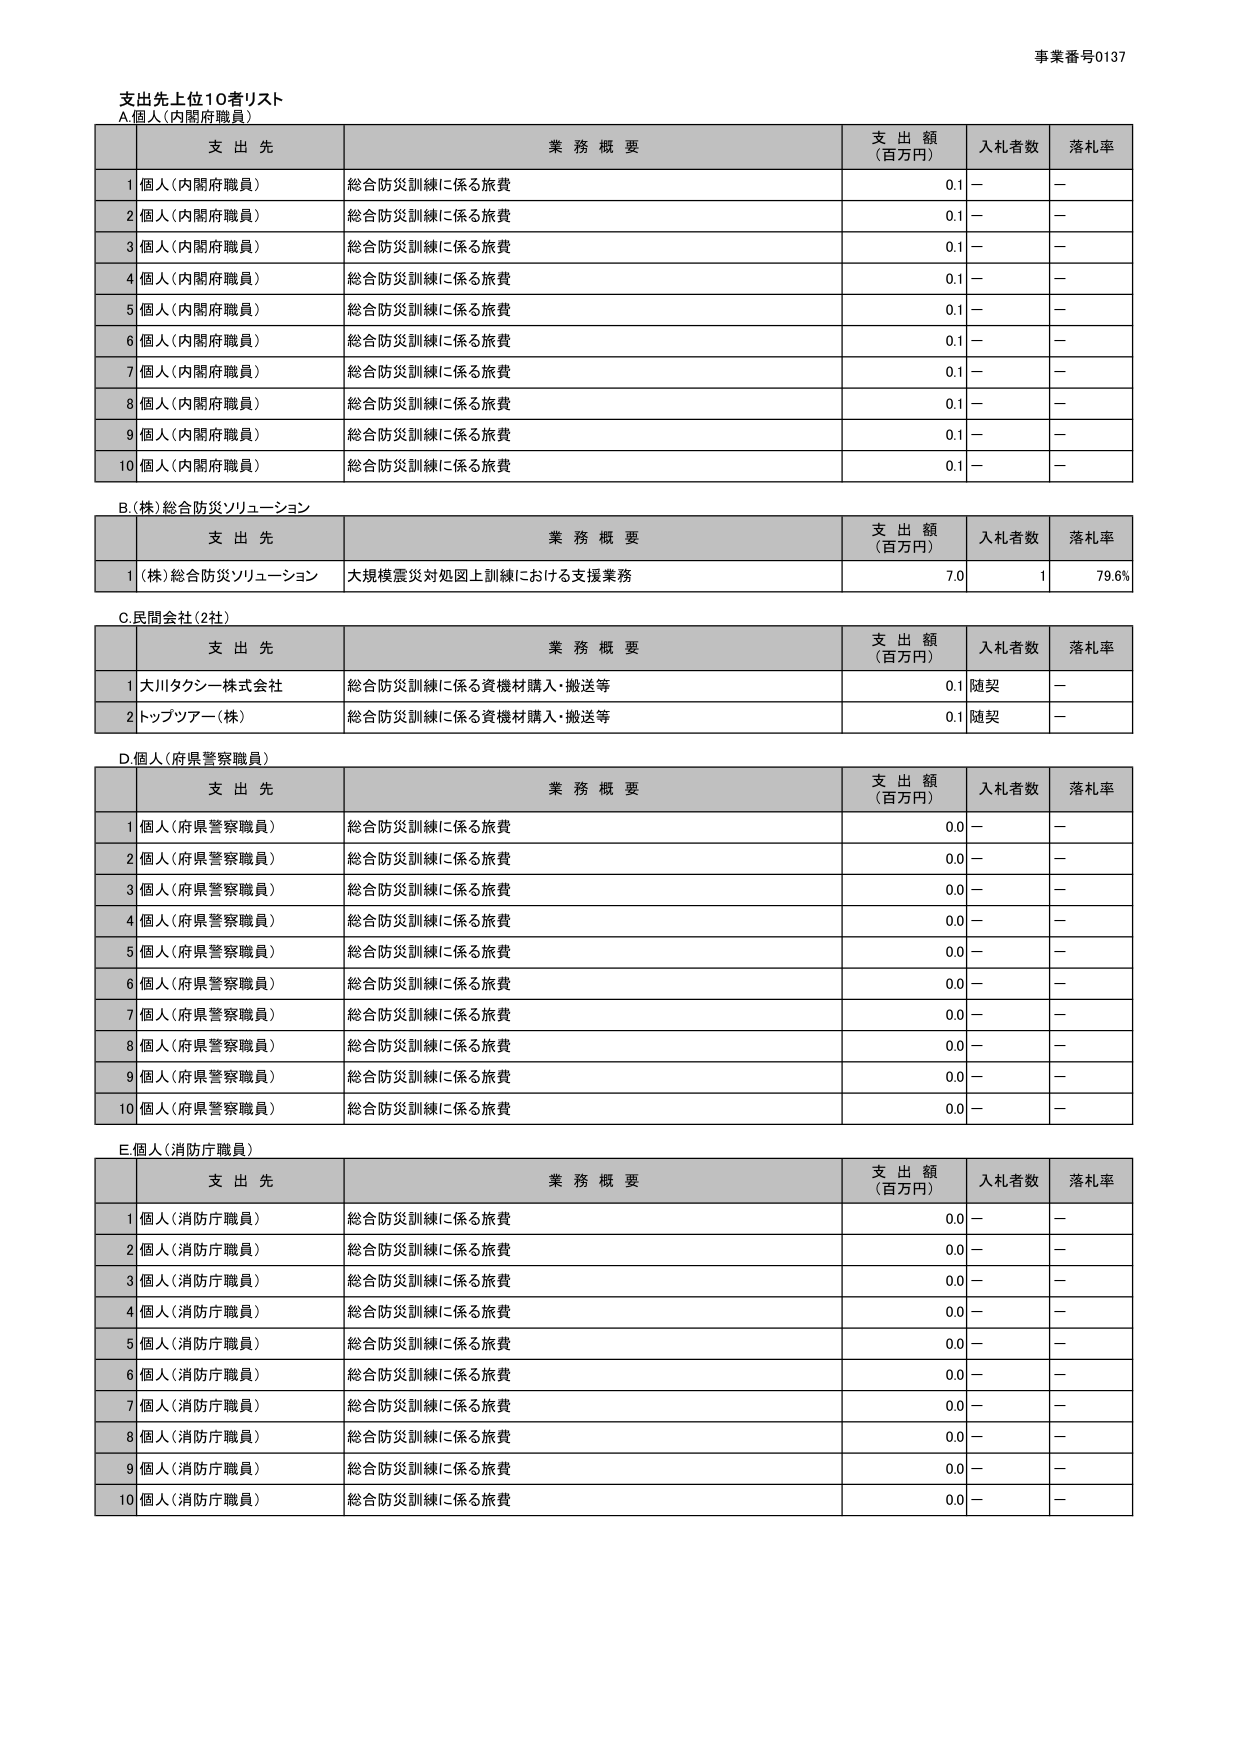
事業番号0137

支出先上位10者リスト
A 個人（内閣府職員）

支 出 先 業 務 概 要 支 出 額 （百万円） 入札者数 落札率
1 個人（内閣府職員） 総合防災訓練に係る旅費 0.1 － －
2 個人（内閣府職員） 総合防災訓練に係る旅費 0.1 － －
3 個人（内閣府職員） 総合防災訓練に係る旅費 0.1 － －
4 個人（内閣府職員） 総合防災訓練に係る旅費 0.1 － －
5 個人（内閣府職員） 総合防災訓練に係る旅費 0.1 － －
6 個人（内閣府職員） 総合防災訓練に係る旅費 0.1 － －
7 個人（内閣府職員） 総合防災訓練に係る旅費 0.1 － －
8 個人（内閣府職員） 総合防災訓練に係る旅費 0.1 － －
9 個人（内閣府職員） 総合防災訓練に係る旅費 0.1 － －
10 個人（内閣府職員） 総合防災訓練に係る旅費 0.1 － －

B （株）総合防災ソリューション

支 出 先 業 務 概 要 支 出 額 （百万円） 入札者数 落札率
1 （株）総合防災ソリューション 大規模震災対処図上訓練における支援業務 7.0 1 79.6%

C 民間会社（2社）

支 出 先 業 務 概 要 支 出 額 （百万円） 入札者数 落札率
1 大川タクシー株式会社 総合防災訓練に係る資機材購入・搬送等 0.1 随契 －
2 トップツアー（株） 総合防災訓練に係る資機材購入・搬送等 0.1 随契 －

D 個人（府県警察職員）

支 出 先 業 務 概 要 支 出 額 （百万円） 入札者数 落札率
1 個人（府県警察職員） 総合防災訓練に係る旅費 0.0 － －
2 個人（府県警察職員） 総合防災訓練に係る旅費 0.0 － －
3 個人（府県警察職員） 総合防災訓練に係る旅費 0.0 － －
4 個人（府県警察職員） 総合防災訓練に係る旅費 0.0 － －
5 個人（府県警察職員） 総合防災訓練に係る旅費 0.0 － －
6 個人（府県警察職員） 総合防災訓練に係る旅費 0.0 － －
7 個人（府県警察職員） 総合防災訓練に係る旅費 0.0 － －
8 個人（府県警察職員） 総合防災訓練に係る旅費 0.0 － －
9 個人（府県警察職員） 総合防災訓練に係る旅費 0.0 － －
10 個人（府県警察職員） 総合防災訓練に係る旅費 0.0 － －

E 個人（消防庁職員）

支 出 先 業 務 概 要 支 出 額 （百万円） 入札者数 落札率
1 個人（消防庁職員） 総合防災訓練に係る旅費 0.0 － －
2 個人（消防庁職員） 総合防災訓練に係る旅費 0.0 － －
3 個人（消防庁職員） 総合防災訓練に係る旅費 0.0 － －
4 個人（消防庁職員） 総合防災訓練に係る旅費 0.0 － －
5 個人（消防庁職員） 総合防災訓練に係る旅費 0.0 － －
6 個人（消防庁職員） 総合防災訓練に係る旅費 0.0 － －
7 個人（消防庁職員） 総合防災訓練に係る旅費 0.0 － －
8 個人（消防庁職員） 総合防災訓練に係る旅費 0.0 － －
9 個人（消防庁職員） 総合防災訓練に係る旅費 0.0 － －
10 個人（消防庁職員） 総合防災訓練に係る旅費 0.0 － －